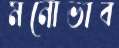
মনোভাব